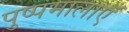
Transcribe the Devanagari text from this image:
पुष्पमालाएँ